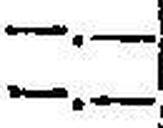
—.—